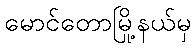
မောင်တောမြို့နယ်မှ